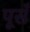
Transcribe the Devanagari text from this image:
पूसँ